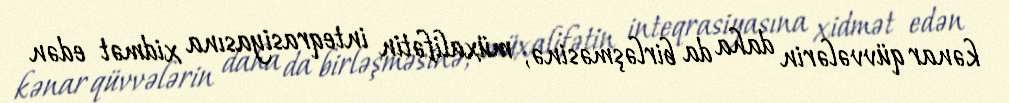
kənar qüvvələrin daha da birləşməsinə, müxalifətin inteqrasiyasına xidmət edən